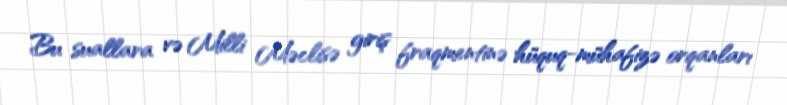
Bu suallara və Milli Məclisə giriş fraqmentinə hüquq-mühafizə orqanları